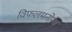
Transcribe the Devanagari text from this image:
विफलमनोरथ